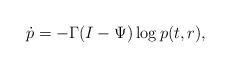
LaTeX: \begin{align*} \dot{p} = -\Gamma(I-\Psi)\log{p(t,r)},\end{align*}